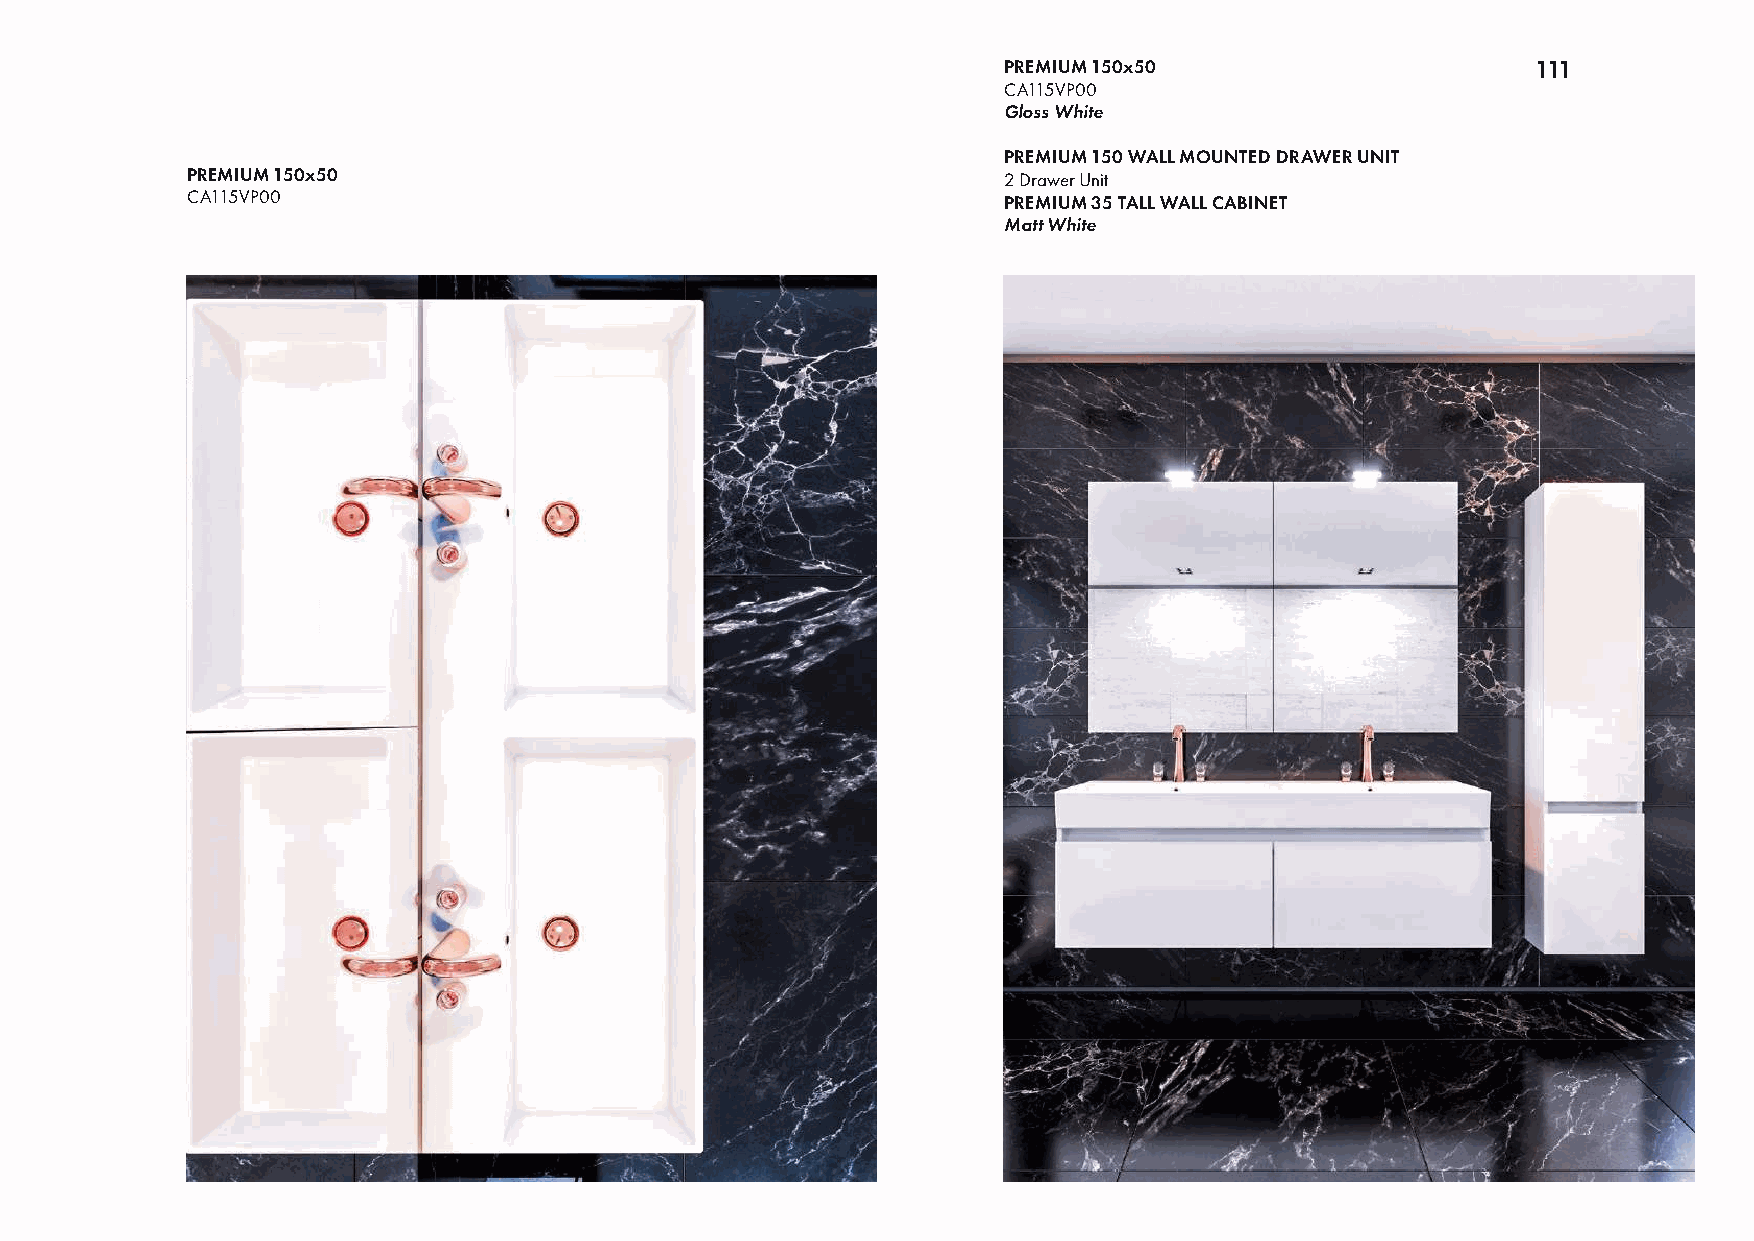
PREMIUM 150x50                      111
 CA115VP00
 Gloss White
 PREMIUM 150 WALL MOUNTED DRAWER UNIT
 PREMIUM 150x50                                        2 Drawer Unit
 CA115VP00                                             PREMIUM 35 TALL WALL CABINET
 Matt White